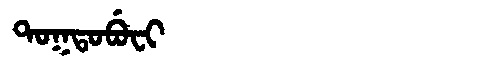
Manchu: ᡨᠣᡴᡨᠣᠪᡠᠸᡳ
Romanization: TOKTOBUFI